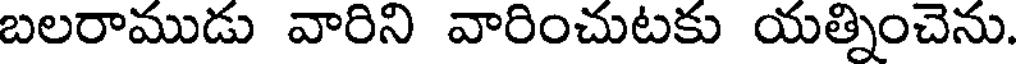
బలరాముడు వారిని వారించుటకు యత్నించెను.